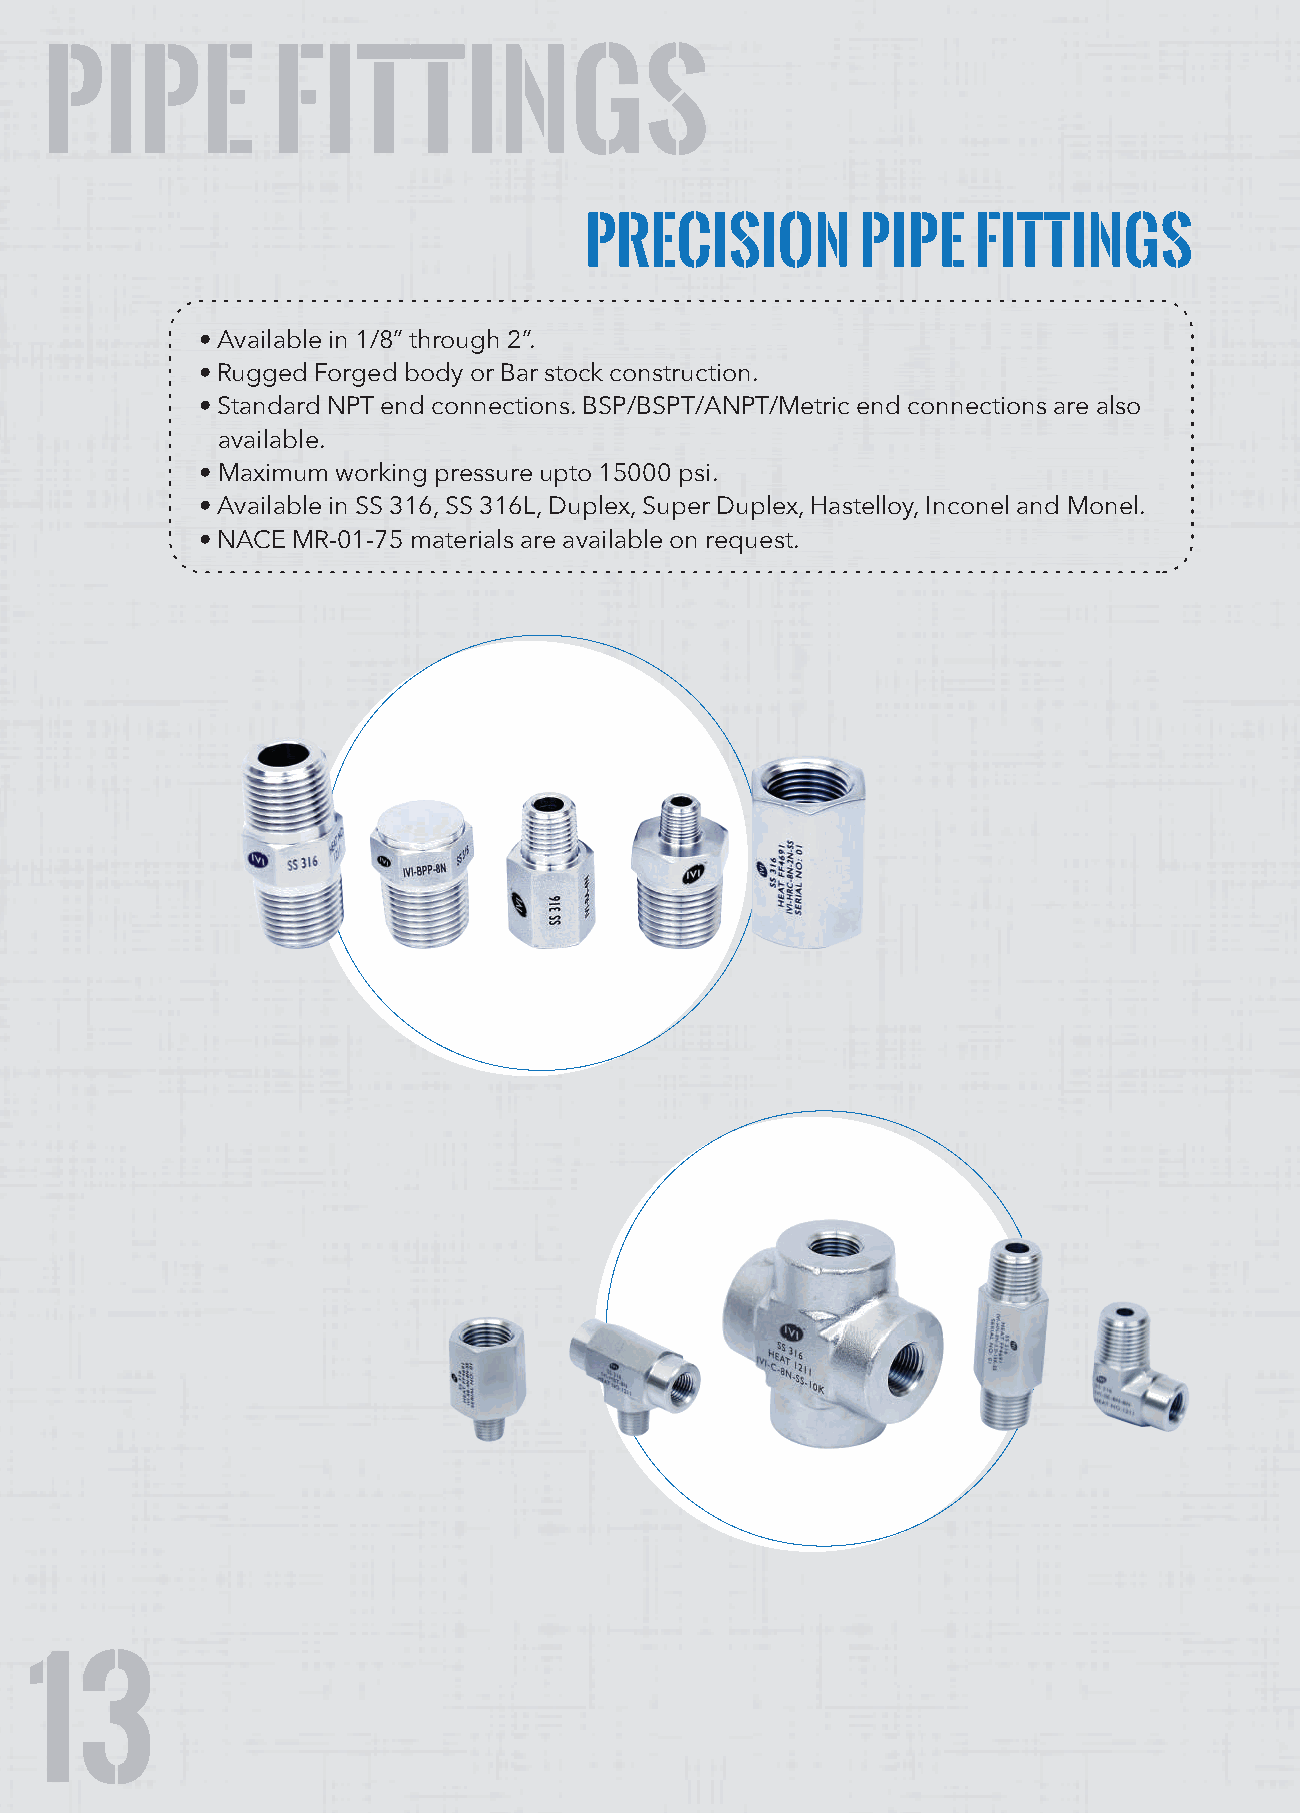
PIPE           FIttings
 PRECISION         PIPE   FITTINGS
 • Available in 1/8” through 2”.
 • Rugged Forged body or Bar stock construction.
 • Standard NPT end connections. BSP/BSPT/ANPT/Metric end connections are also
 available.
 • Maximum working pressure upto 15000 psi.
 • Available in SS 316, SS 316L, Duplex, Super Duplex, Hastelloy, Inconel and Monel.
 • NACE MR-01-75 materials are available on request.
 13